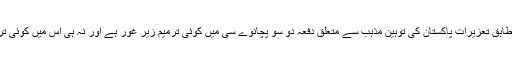
اس معاہدے کے مطابق تعزیرات پاکستان کی توہین مذہب سے متعلق دفعہ دو سو پچانوے سی میں کوئی ترمیم زیر غور ہے اور نہ ہی اس میں کوئی ترمیم کی جائے گی۔